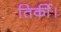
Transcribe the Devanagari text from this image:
तिर्की।